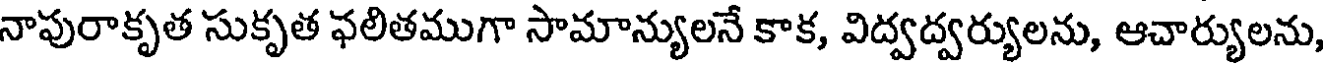
నాపురాకృత సుకృత ఫలితముగా సామాన్యులనే కాక, విద్వద్వర్యులను, ఆచార్యులను,